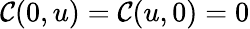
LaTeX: \mathcal{C}(0,u)=\mathcal{C}(u,0)=0